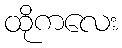
ထိုကလေး